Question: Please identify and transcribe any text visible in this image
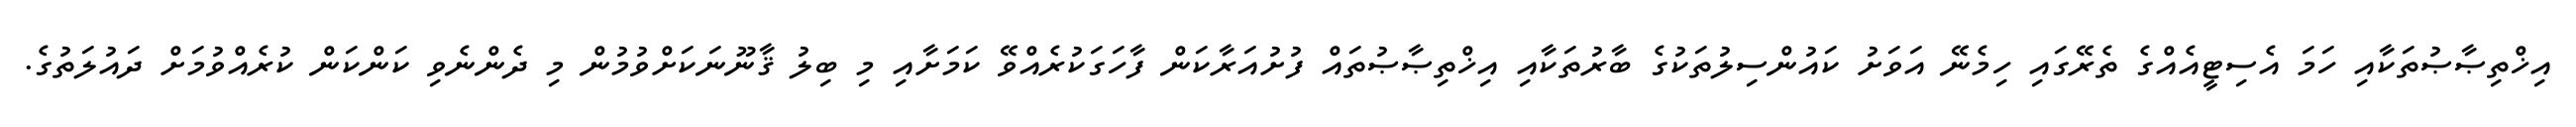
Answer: އިޚްތިޞާޞުތަކާއި ހަމަ އެސިޓީއެއްގެ ތެރޭގައި ހިމެނޭ އަވަށު ކައުންސިލުތަކުގެ ބާރުތަކާއި އިޚްތިޞާޞުތައް ފުށުއަރާކަން ފާހަގަކުރެއްވޭ ކަމަށާއި މި ބިލު ޤާނޫނަކަށްވުމުން މި ދެންނެވި ކަންކަން ކުރެއްވުމަށް ދައުލަތުގެ.